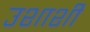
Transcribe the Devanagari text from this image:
उशाशी